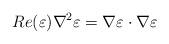
LaTeX: \begin{align*}Re(\varepsilon ) \nabla ^2 \varepsilon = \nabla \varepsilon \cdot\nabla \varepsilon\end{align*}